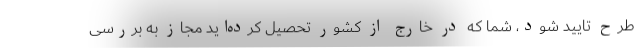
طرح تایید شود، شما که در خارج از کشور تحصیل کرده‌اید مجاز به بررسی